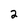
Character: 2